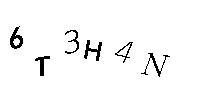
6T3H4N